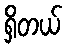
ရှိတယ်